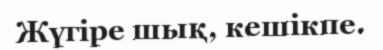
Жүгіре шық, кешікпе.